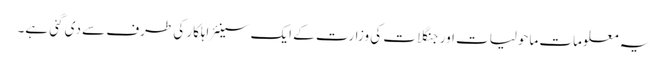
یہ معلومات ماحولیات اور جنگلات کی وزارت کے ایک سینئر اہلکار کی طرف سے دی گئی ہے۔